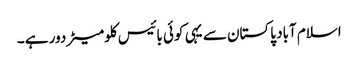
اسلام آباد پاکستان سے یہی کوئی بائیس کلومیٹر دور ہے ۔